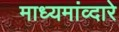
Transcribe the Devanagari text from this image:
माध्यमांव्दारे